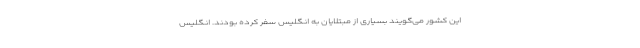
این کشور می‌گویند بسیاری از مبتلایان به انگلیس سفر کرده بودند. انگلیس